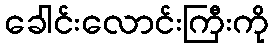
ခေါင်းလောင်းကြီးကို